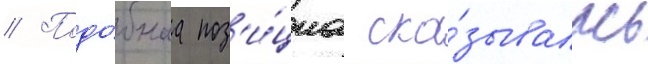
// Подо́бнаа поз'и́циа ска́зывалась